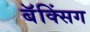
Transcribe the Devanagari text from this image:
बॅक्सिंग